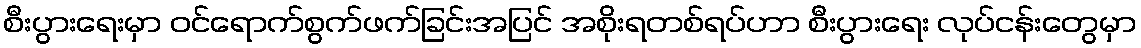
စီးပွားရေးမှာ ဝင်ရောက်စွက်ဖက်ခြင်းအပြင် အစိုးရတစ်ရပ်ဟာ စီးပွားရေး လုပ်ငန်းတွေမှာ